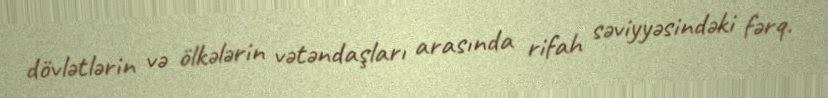
dövlətlərin və ölkələrin vətəndaşları arasında rifah səviyyəsindəki fərq.